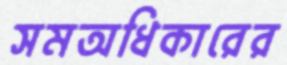
সমঅধিকারের